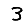
Digit: 3